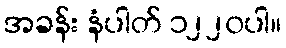
အခန်း နံပါတ် ၁၂၂၀ပါ။